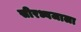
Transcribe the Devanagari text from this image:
सीरध्वजाला